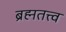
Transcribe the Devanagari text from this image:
ब्रह्मतत्त्व